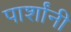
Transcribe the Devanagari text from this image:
पार्शांनी